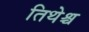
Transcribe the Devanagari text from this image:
तिथेश्च